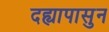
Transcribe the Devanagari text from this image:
दह्यापासुन